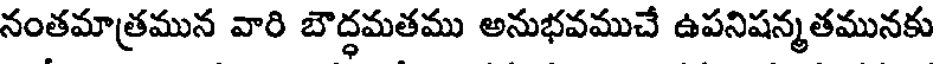
నంతమాత్రమున వారి బౌద్ధమతము అనుభవముచే ఉపనిషన్మతమునకు